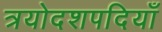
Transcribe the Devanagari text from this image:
त्रयोदशपदियाँ